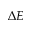
\Delta E